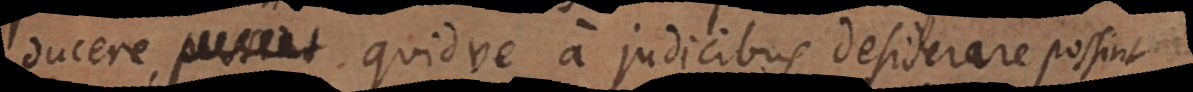
ducere possint., quidve a judicibus desiderare possint.